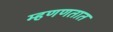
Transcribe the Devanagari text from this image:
म्हणणतात